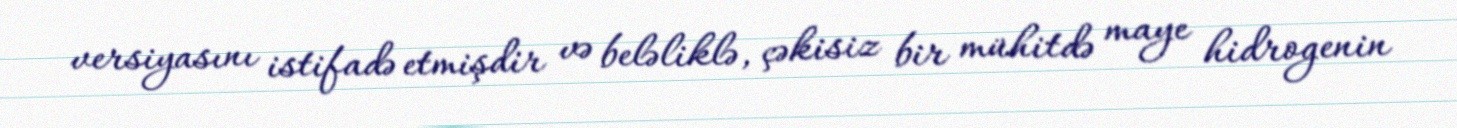
versiyasını istifadə etmişdir və beləliklə, çəkisiz bir mühitdə maye hidrogenin